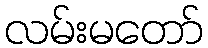
လမ်းမတော်